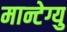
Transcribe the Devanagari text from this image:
मान्टेग्यु